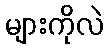
များကိုလဲ